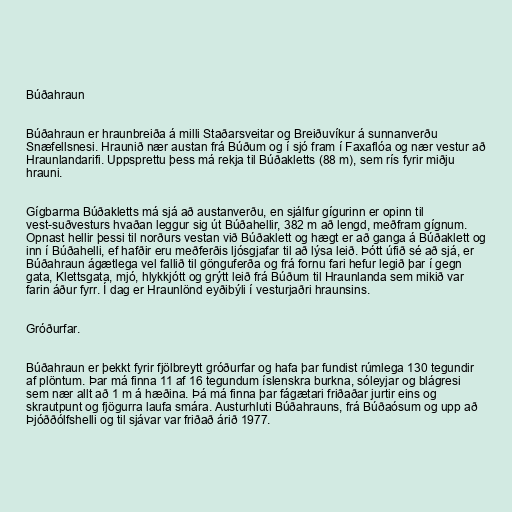
Búðahraun

Búðahraun er hraunbreiða á milli Staðarsveitar og Breiðuvíkur á sunnanverðu
Snæfellsnesi. Hraunið nær austan frá Búðum og í sjó fram í Faxaflóa og nær vestur að
Hraunlandarifi. Uppsprettu þess má rekja til Búðakletts (88 m), sem rís fyrir miðju
hrauni.

Gígbarma Búðakletts má sjá að austanverðu, en sjálfur gígurinn er opinn til
vest-suðvesturs hvaðan leggur sig út Búðahellir, 382 m að lengd, meðfram gígnum.
Opnast hellir þessi til norðurs vestan við Búðaklett og hægt er að ganga á Búðaklett og
inn í Búðahelli, ef hafðir eru meðferðis ljósgjafar til að lýsa leið. Þótt úfið sé að sjá, er
Búðahraun ágætlega vel fallið til gönguferða og frá fornu fari hefur legið þar í gegn
gata, Klettsgata, mjó, hlykkjótt og grýtt leið frá Búðum til Hraunlanda sem mikið var
farin áður fyrr. Í dag er Hraunlönd eyðibýli í vesturjaðri hraunsins.

Gróðurfar.

Búðahraun er þekkt fyrir fjölbreytt gróðurfar og hafa þar fundist rúmlega 130 tegundir
af plöntum. Þar má finna 11 af 16 tegundum íslenskra burkna, sóleyjar og blágresi
sem nær allt að 1 m á hæðina. Þá má finna þar fágætari friðaðar jurtir eins og
skrautpunt og fjögurra laufa smára. Austurhluti Búðahrauns, frá Búðaósum og upp að
Þjóððólfshelli og til sjávar var friðað árið 1977.